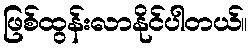
ဖြစ်ထွန်းလာနိုင်ပါတယ်။